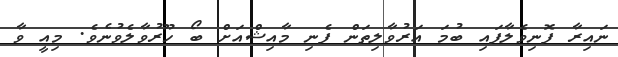
ނައިރާ ފޮނިވެލާފައި ބުމަ އަރުވާލިތަން ފެނި މާއިޝްއަށް ބޯ ހޫރުވާލެވުނެވެ. މިއީ ވާ